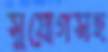
সুযোগসহ